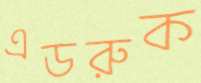
এডরুক